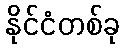
နိုင်ငံတစ်ခု